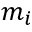
m _ { i }